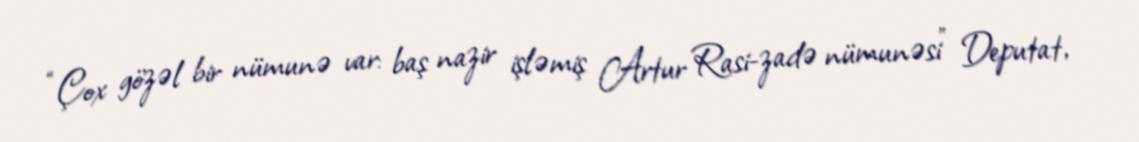
“Çox gözəl bir nümunə var: baş nazir işləmiş Artur Rasi-zadə nümunəsi” Deputat,